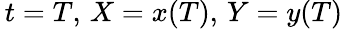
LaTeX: \, t=T,\, X=x(T),\, Y=y(T)